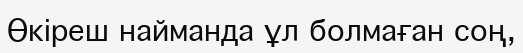
Өкіреш найманда ұл болмаған соң,